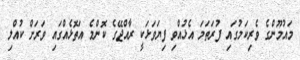
މައުމޫންގެ ވެރިކަމުގައި ފުރަތަމަ އެޅުއްވި ފިޔަވަޅަކީ ރާއްޖޭގެ ކޮންމެ އަތޮޅެއްގައި ވަރަށް ކުއްލި